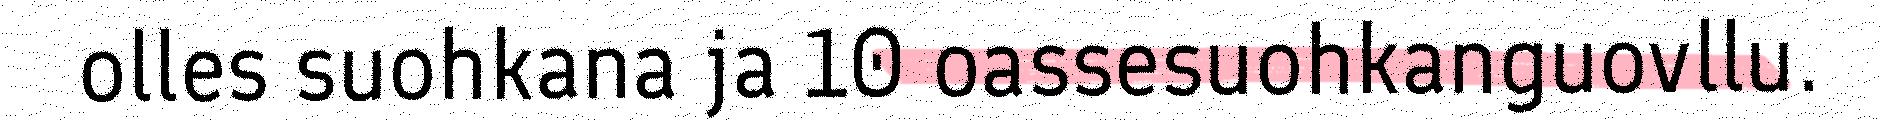
olles suohkana ja 10 oassesuohkanguovllu.